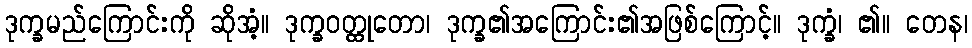
ဒုက္ခမည်ကြောင်းကို ဆိုအံ့။ ဒုက္ခဝတ္ထုတော၊ ဒုက္ခ၏အကြောင်း၏အဖြစ်ကြောင့်။ ဒုက္ခံ၊ ၏။ တေန၊